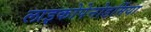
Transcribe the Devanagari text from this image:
लाइकोपेनोडर्मिया